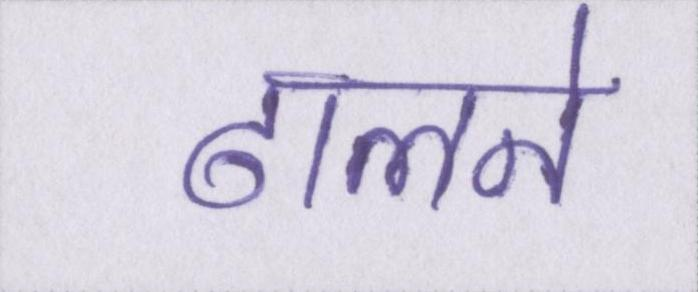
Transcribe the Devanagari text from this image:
ढालने